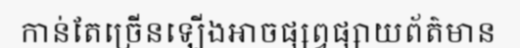
កាន់តែច្រើនឡើងអាចផ្សព្វផ្សាយព័ត៌មាន